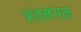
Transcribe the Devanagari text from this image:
अंतमंगल